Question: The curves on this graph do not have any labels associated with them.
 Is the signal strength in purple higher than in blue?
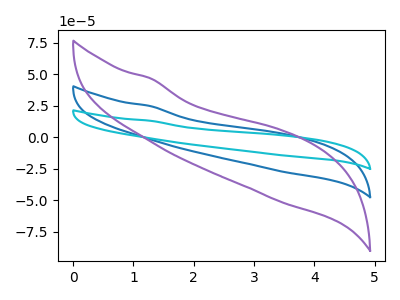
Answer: <think>The blue curve "blue" has no peaks. The cyan curve "cyan" has no peaks. The purple curve "purple" has no peaks.
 Neither "purple" or "blue" have any peaks.</think>
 <answer>I cant tell if "purple" or "blue" has more signal.</answer>
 <eval>mixed_signal</eval>